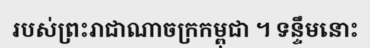
របស់ព្រះរាជាណាចក្រកម្ពុជា ។ ទន្ទឹមនោះ